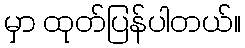
မှာ ထုတ်ပြန်ပါတယ်။